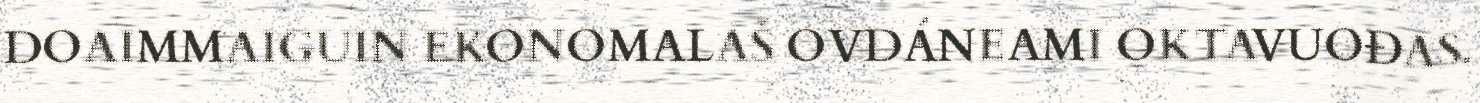
DOAIMMAIGUIN EKONOMALAŠ OVDÁNEAMI OKTAVUOĐAS.